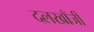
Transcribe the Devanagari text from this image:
दलखाँजी